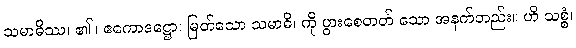
သမာဓိဿ၊ ၏။ ဧကောဒဋ္ဌော၊ မြတ်သော သမာဓိ၊ ကို ပွားစေတတ် သော အနက်တည်း။ ဟိ သစ္စံ၊